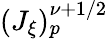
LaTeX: (J_{\xi})_{p}^{\nu+1/2}